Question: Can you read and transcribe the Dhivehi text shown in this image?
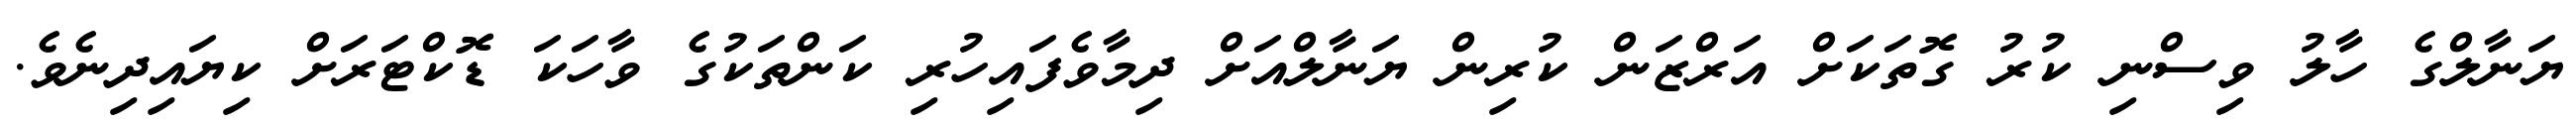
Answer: ޔަނާލްގެ ހާލު ވިސްނި ކުރު ގޮތަކަށް އަރްޒަން ކުރިން ޔަނާލްއަށް ދިމާވެފައިހުރި ކަންތަކުގެ ވާހަކަ ޑޮކްޓަރަށް ކިޔައިދިނެވެ.